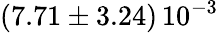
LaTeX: \left(7.71\pm 3.24\right)\, 10^{-3}